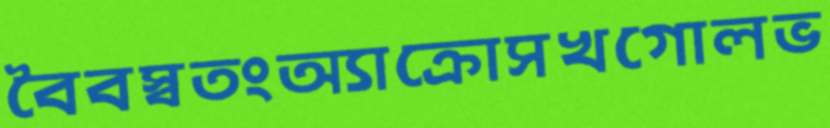
বৈবস্বতংঅ্যাক্রোসখগোলভ